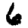
Digit: 6